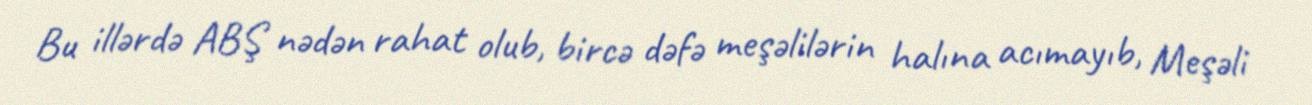
Bu illərdə ABŞ nədən rahat olub, bircə dəfə meşəlilərin halına acımayıb, Meşəli